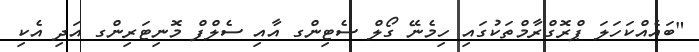
"ބައެއްކަހަލަ ޕްރޮގްރާމްތަކުގައި ހިމެނޭ ގޯލް ސެޓިންގ އާއި ސެލްފް މޮނިޓަރިންގ އަދި އެކި